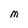
Character: M